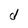
Character: d